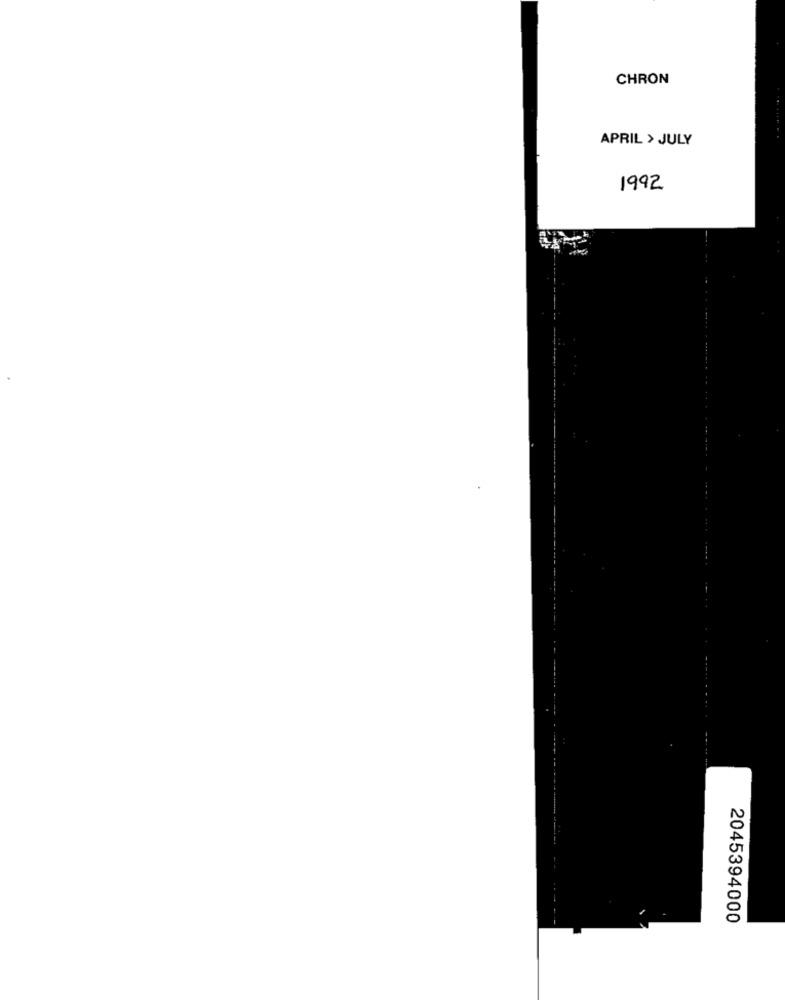
CHRON
APRIL > JULY
1992
2045394000